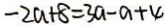
- 2 a + 8 = 3 a - a + 4